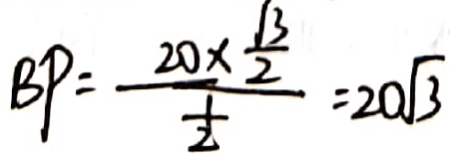
B P = \frac { 2 0 \times \frac { \sqrt { 3 } } { 2 } } { \frac { 1 } { 2 } } = 2 0 \sqrt { 3 }